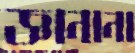
জ্ঞানানা